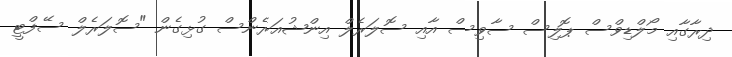
ދިރާގާއި މޯލްޑިވްސް ޕޮލިސް ސާވިސް އާއި ސޮލަރެލް އިންޝުއަރެންސް ގުޅިގެން "ސޮލަރެލް ސޭފްޓީ